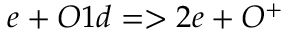
e + O 1 d = > 2 e + O ^ { + }